65_HS1-834228961_62-HQ-83894_Section_2
Agency: FBI
Page 183
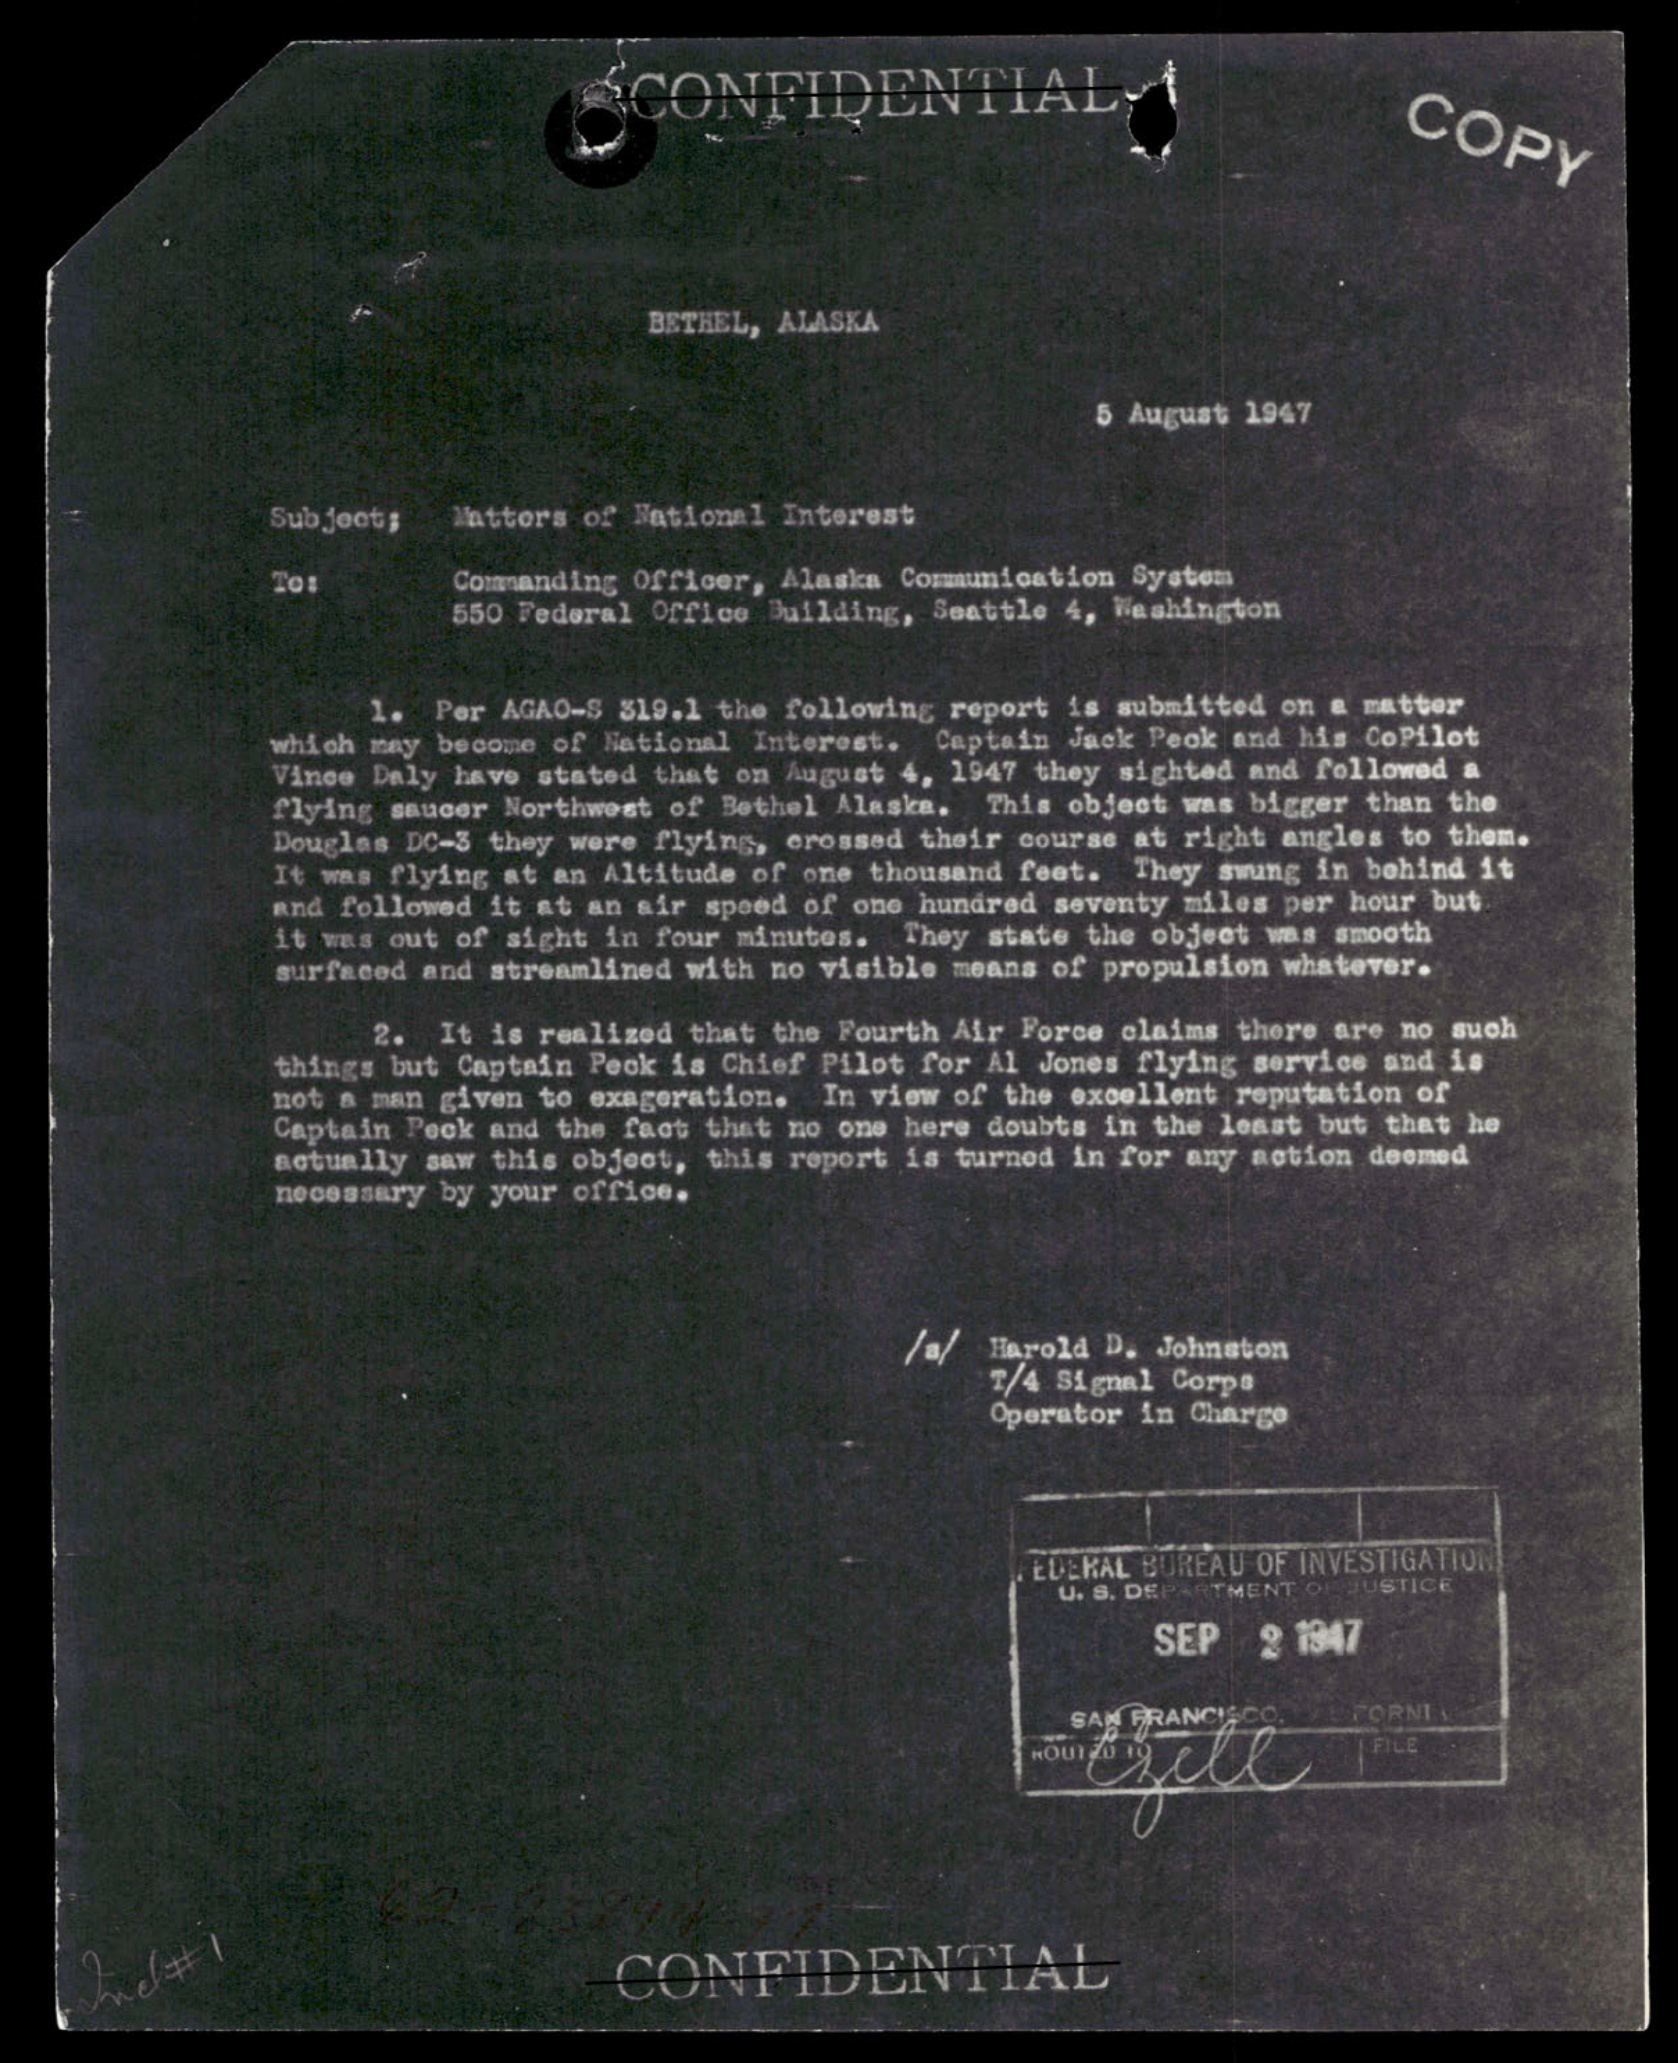